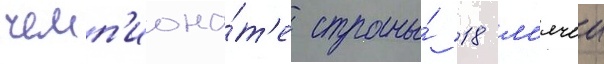
чемп'иона́т'е страны́ 18 м'ячеи